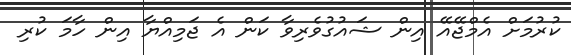
ކުރުމަށް އެމްޖޭއޭ އިން ޝައުގުވެރިވާ ކަން އެ ޖަމިއްޔާ އިން ހާމަ ކުރި